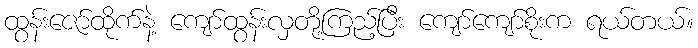
ထွန်းဇော်ထိုက်နဲ့ ကျော်ထွန်းလှတို့ကြည့်ပြီး ကျော်ကျော်စိုးက ရယ်တယ်။